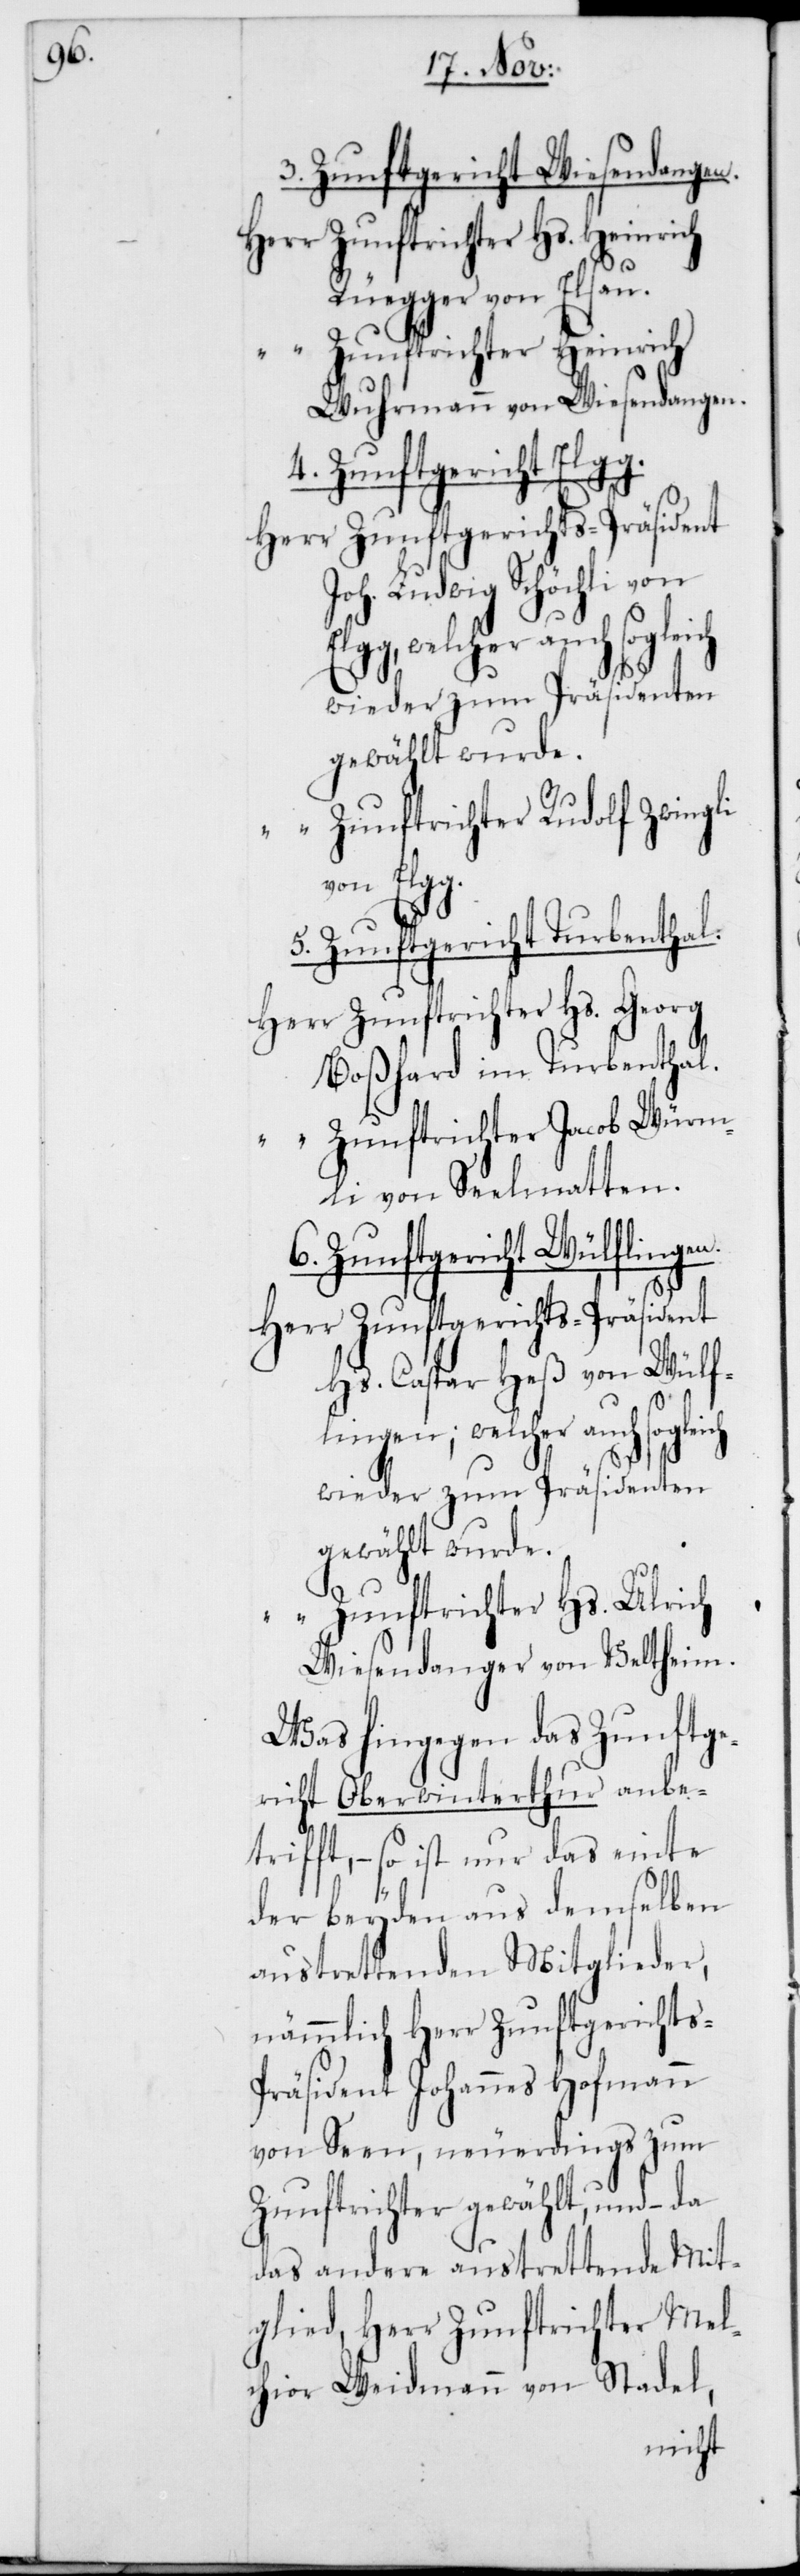
ch

3. Zunftgericht Wiesendangen.
Rüegger von Elsau.
Zunftrichter Heinrich
Wuhrmann von Wiesendangen.
4. Zunftgericht Elgg.
Zunftgerichts-Präsident
Joh. Ludwig Schöchli
welcher auch sogleich
wieder zum Präsidenten
gewählt wurde.
Zunftrichter Rudolf Zwingli
von Elgg.
5. Zunftgericht Turbenthal.
Zunftrichter Hs. Georg
Boßhard im Turbenthal.
Zunftrichter Jacob Würm¬
li von Seelmatten.
6. Zunftgericht Wülflingen.
Hs. Caspar Heß von Wülf¬
lingen; welcher auch soglei¬
wieder zum Präsidenten
gewählt wurde.
Zunftrichter Hs. Ulrich
Wiesendanger von Veltheim.
Was hingegen das Zunftge¬
richt Oberwinterthur anbe¬
trifft, – so ist nur das einte
der beyden aus demselben
austrettenden Mitglieder,
nämmlich Herr Zunftgericht¬
s-Präsident Johannes Hofmann
von Seen, neuerdings zum
Zunftrichter gewählt, und –
das andere austrettende Mit¬
glied, Herr Zunftrichter Mel¬
chior Weidmann von Stadel,